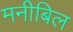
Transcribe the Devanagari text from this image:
मनीबिल